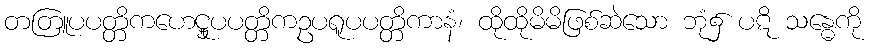
တတြူပပတ္တိကဟေဋ္ဌူပပတ္တိကဥပရူပပတ္တိကာနံ၊ ထိုထိုမိမိဖြစ်ဆဲသော ဘုံ၌ ပဋိ သန္ဓေကို